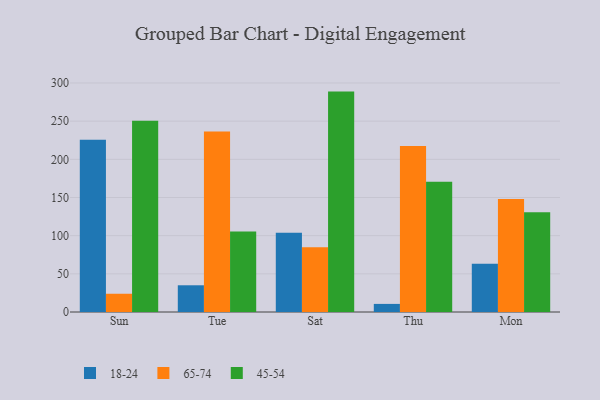
{"axis": {"x": "Day", "y": "Energy Usage (MWh)"}, "legend": ["18-24", "45-54", "65-74"], "data": [{"x": "Sun", "y": 225.7, "type": "18-24"}, {"x": "Sun", "y": 23.9, "type": "65-74"}, {"x": "Sun", "y": 250.5, "type": "45-54"}, {"x": "Tue", "y": 35.0, "type": "18-24"}, {"x": "Tue", "y": 236.4, "type": "65-74"}, {"x": "Tue", "y": 105.3, "type": "45-54"}, {"x": "Sat", "y": 103.9, "type": "18-24"}, {"x": "Sat", "y": 84.9, "type": "65-74"}, {"x": "Sat", "y": 288.7, "type": "45-54"}, {"x": "Thu", "y": 10.6, "type": "18-24"}, {"x": "Thu", "y": 217.3, "type": "65-74"}, {"x": "Thu", "y": 170.7, "type": "45-54"}, {"x": "Mon", "y": 63.3, "type": "18-24"}, {"x": "Mon", "y": 148.1, "type": "65-74"}, {"x": "Mon", "y": 130.8, "type": "45-54"}]}